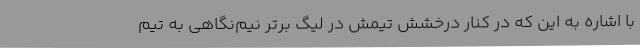
با اشاره به این که در کنار درخشش تیمش در لیگ برتر نیم‌نگاهی به تیم